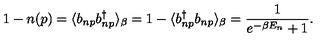
1 - n ( p ) = \langle b _ { n p } b _ { n p } ^ { \dag } \rangle _ { \beta } = 1 - \langle b _ { n p } ^ { \dag } b _ { n p } \rangle _ { \beta } = \frac { 1 } { e ^ { - \beta E _ { n } } + 1 } .